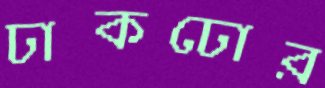
ঢাকঢোর